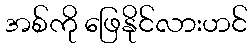
အစ်ကို ဖြေနိုင်လားဟင်